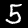
Label: 5